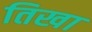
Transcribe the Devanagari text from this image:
तिखा